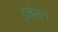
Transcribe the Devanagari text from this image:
इनेस्टा